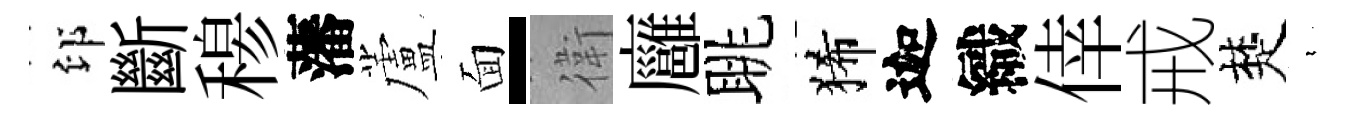
印斷𥠇藩蘆面-衛廱眺狶迦織倖戒楚裊